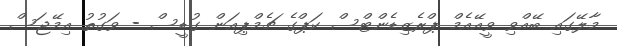
މާލޭގައި ބޭއްވި ވީއޭއެމް ޕްރެޒިޑެންޓްސް ކަޕްގެ ޗެމްޕިއަން ގުޑީސް - ވަގުތު އިމޭޖަސް